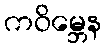
ကဝိမ္ဘေန